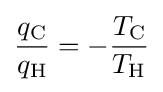
{\frac {q_{\text{C}}}{q_{\text{H}}}}=-{\frac {T_{\text{C}}}{T_{\text{H}}}}